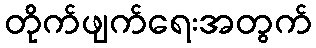
တိုက်ဖျက်ရေးအတွက်